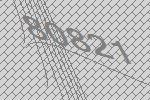
80821